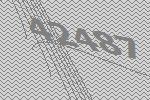
42487